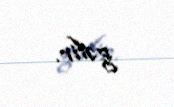
gəlir.